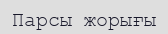
Парсы жорығы